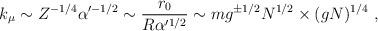
LaTeX: \begin{align*}k_\mu \sim Z^{-1/4} \alpha'^{-1/2} \sim\frac{r_0}{R \alpha'^{1/2}}\sim m g^{\pm 1/2} N^{1/2} \times (gN)^{1/4}\ ,\end{align*}